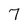
Character: 7